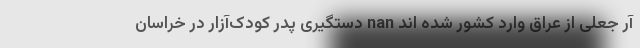
آر جعلی از عراق وارد کشور شده اند nan دستگیری پدر کودک‌آزار در خراسان